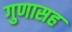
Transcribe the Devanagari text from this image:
गुणासह